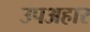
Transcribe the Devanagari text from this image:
उपअहार